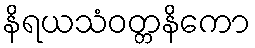
နိရယသံဝတ္တနိကော